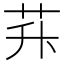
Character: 𦭊